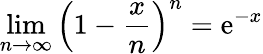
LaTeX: \operatorname*{lim}_{n\rightarrow\infty}\left(1-{\frac{x}{n}}\right)^{n}=\mathrm{e}^{-x}